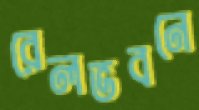
রেলভবনে